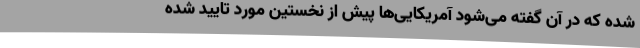
شده که در آن گفته می‌شود آمریکایی‌ها پیش از نخستین مورد تایید شده